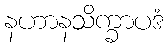
နဟာနသိက္ခာပဒံ